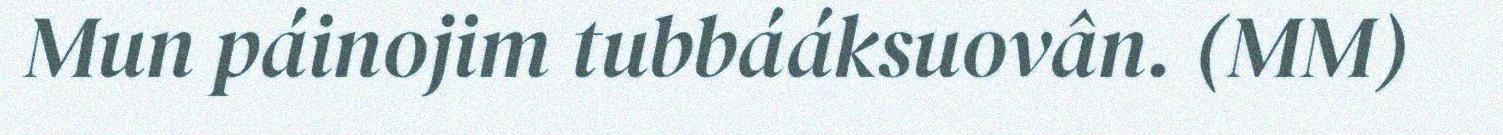
Mun páinojim tubbááksuovân. (MM)